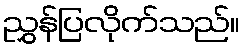
ညွှန်ပြလိုက်သည်။